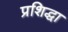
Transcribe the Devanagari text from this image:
प्रशिद्धा